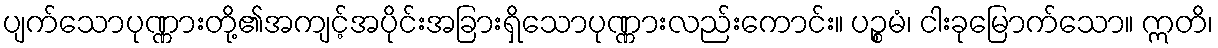
ပျက်သောပုဏ္ဏားတို့၏အကျင့်အပိုင်းအခြားရှိသောပုဏ္ဏားလည်းကောင်း။ ပဉ္စမံ၊ ငါးခုမြောက်သော။ ဣတိ၊